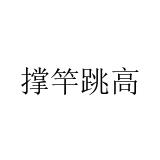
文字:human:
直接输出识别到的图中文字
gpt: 撑竿跳高